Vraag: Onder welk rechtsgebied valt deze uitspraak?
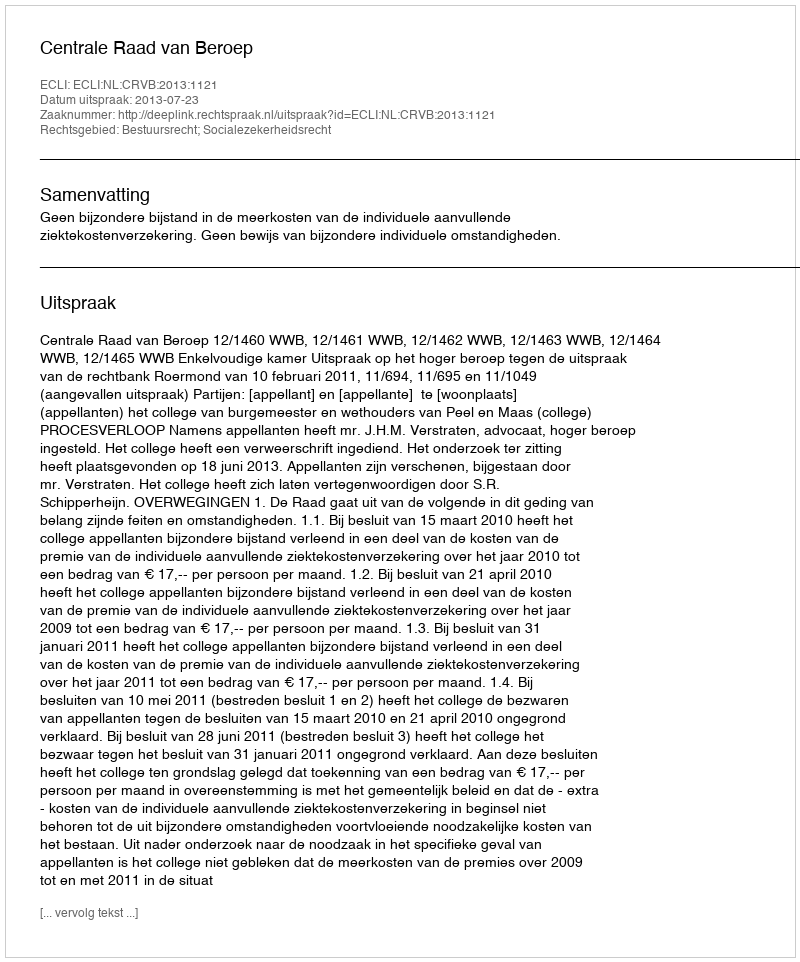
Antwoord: Bestuursrecht; Socialezekerheidsrecht